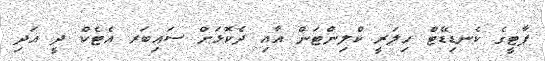
ޕާޓީގެ ކެނޑިޑޭޓް ހިލަރީ ކްލިންޓަން އާއި ދެކޮޅަށް ސައިބަރ އެޓެކް ދީ އަދި